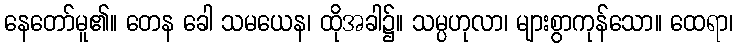
နေတော်မူ၏။ တေန ခေါ သမယေန၊ ထိုအခါ၌။ သမ္ပဟုလာ၊ များစွာကုန်သော။ ထေရာ၊